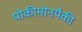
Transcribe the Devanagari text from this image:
पोकीमोनपैकी